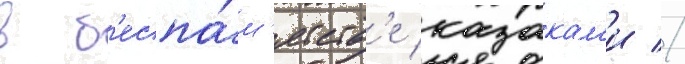
в б'еспа́м'ятств'е казакам'и //